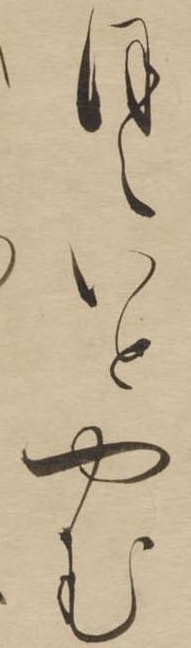
ほえいとやむ